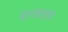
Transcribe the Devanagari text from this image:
रानाला